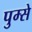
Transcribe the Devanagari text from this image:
पुम्से